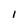
Character: I